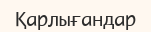
Қарлығандар‎